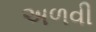
અળવી